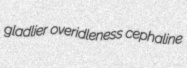
gladlier overidleness cephaline